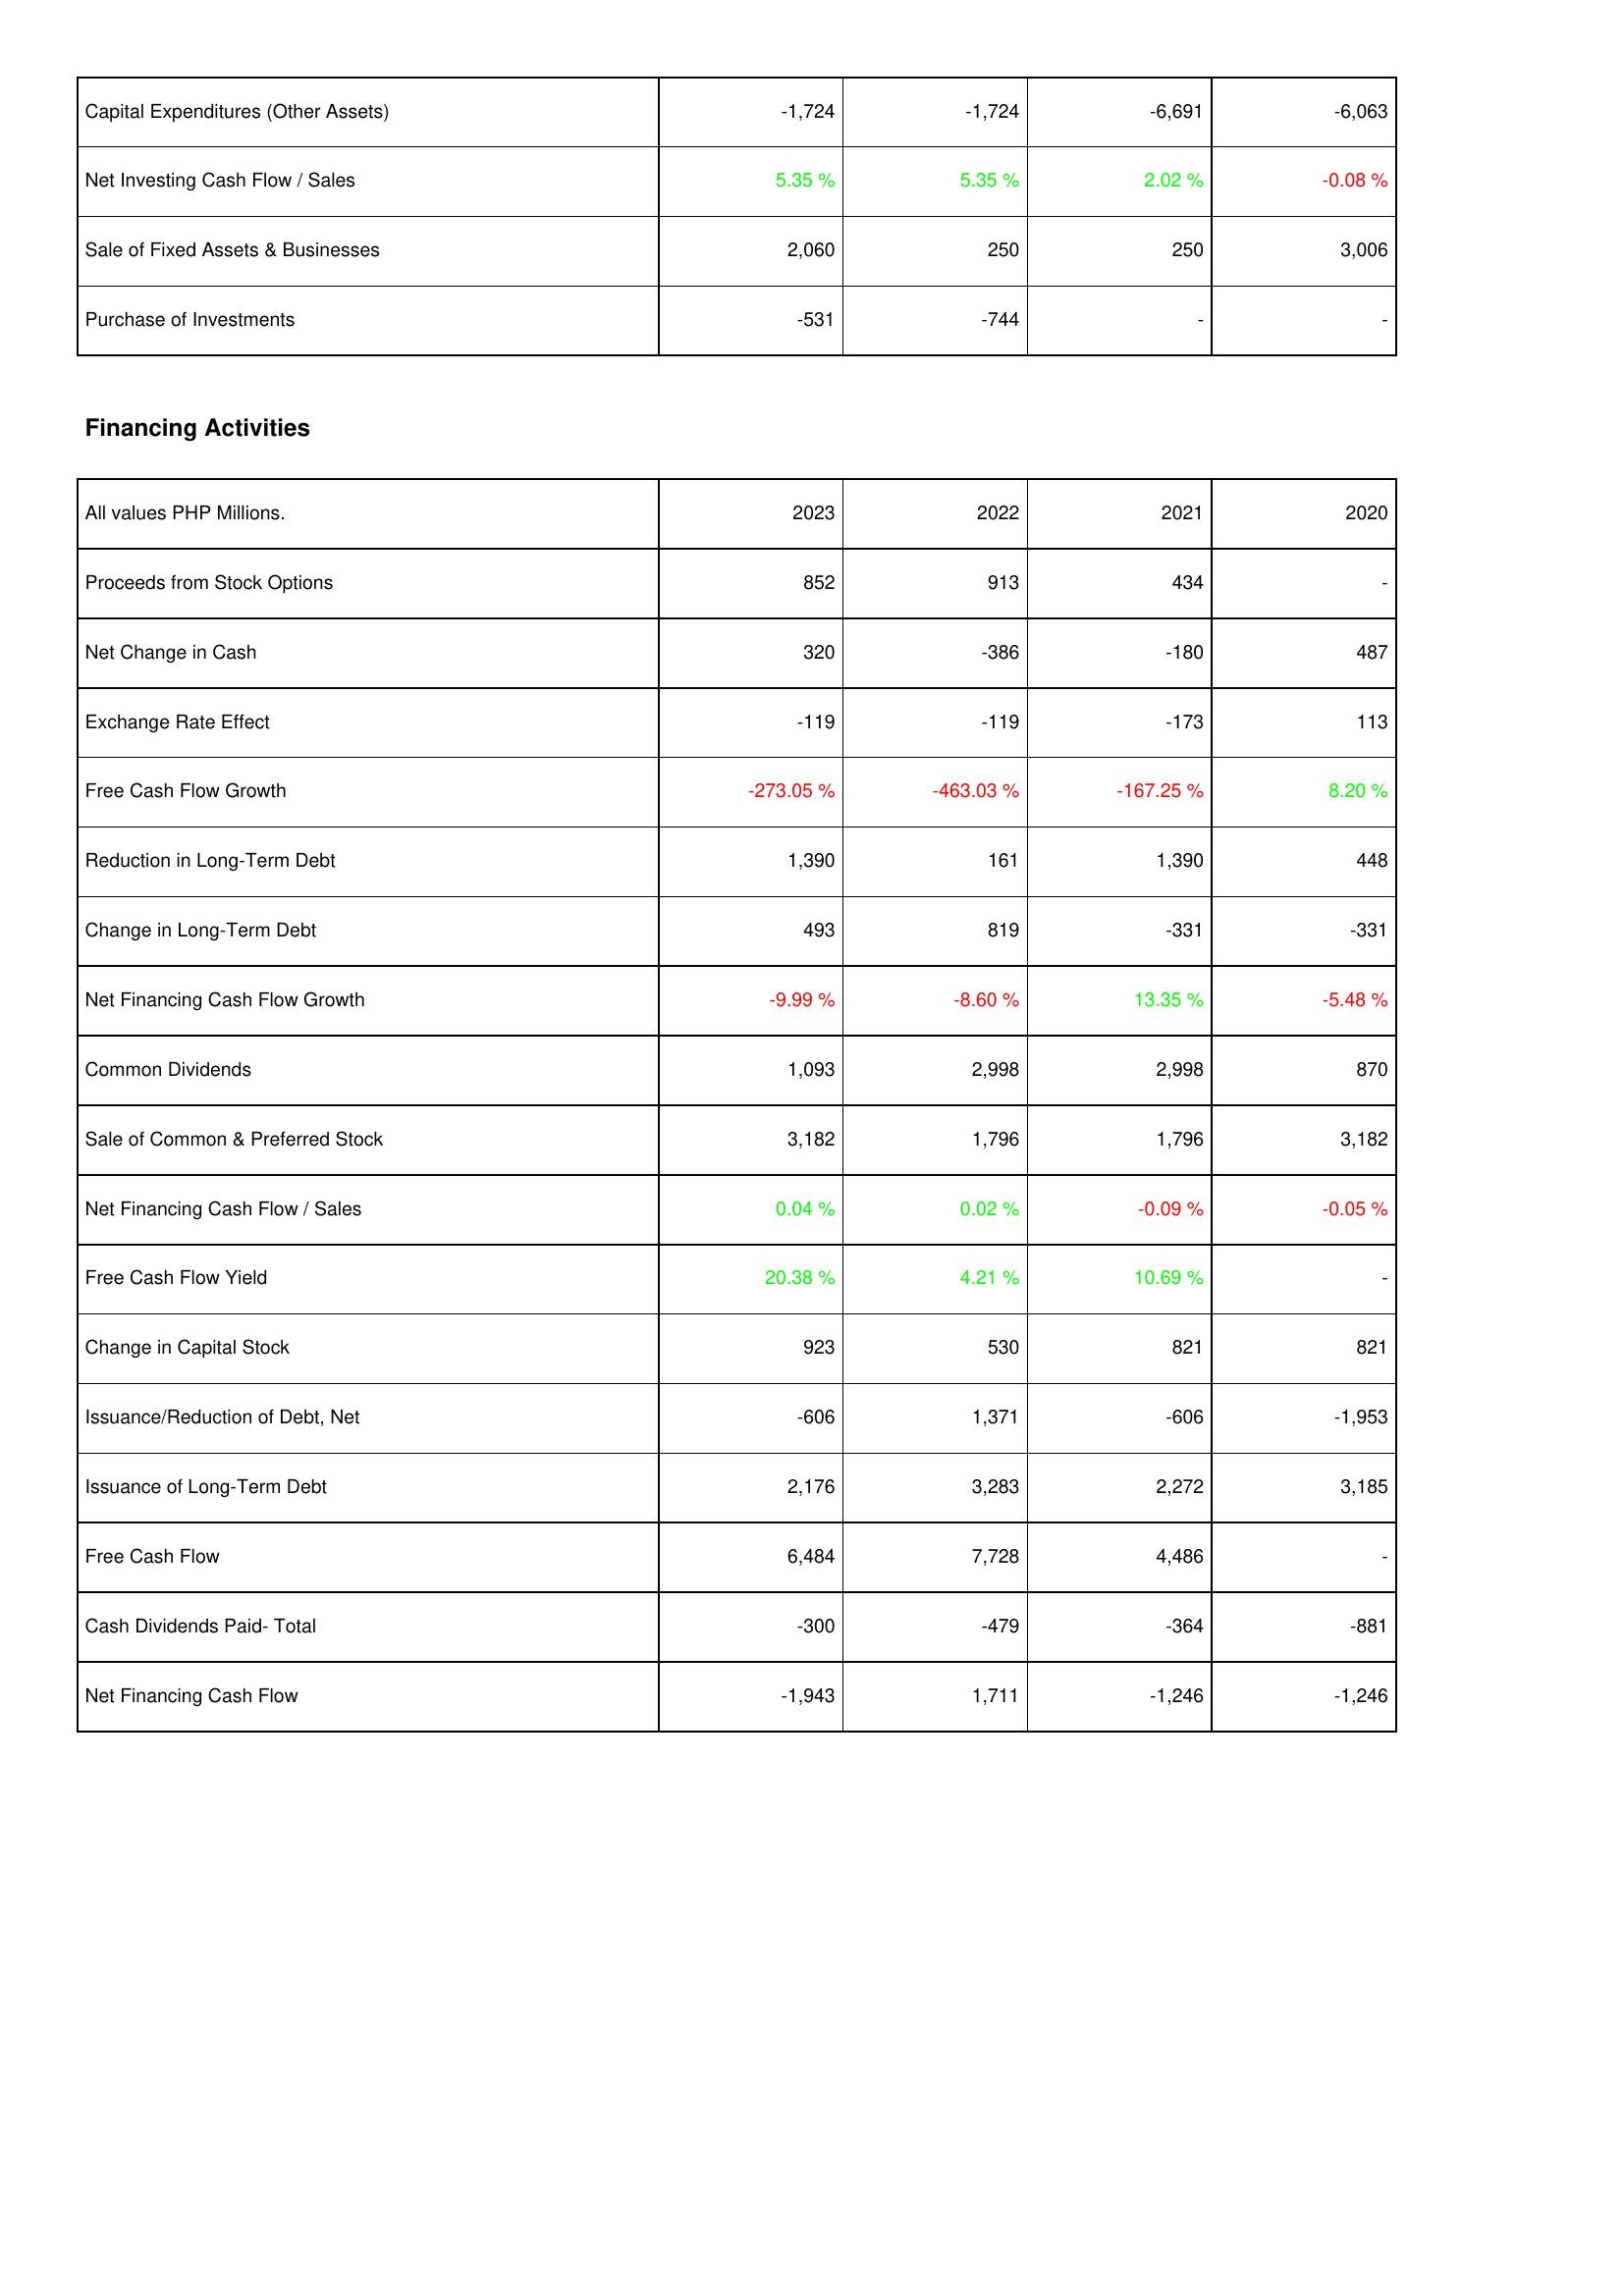
2023: Investing Activities: Capital Expenditures (Other Assets): -1,724
Net Investing Cash Flow / Sales: 5.35 %
Sale of Fixed Assets & Businesses: 2,060
Purchase of Investments: -531
Financing Activities: Proceeds from Stock Options: 852
Net Change in Cash: 320
Exchange Rate Effect: -119
Free Cash Flow Growth: -273.05 %
Reduction in Long-Term Debt: 1,390
Change in Long-Term Debt: 493
Net Financing Cash Flow Growth: -9.99 %
Common Dividends: 1,093
Sale of Common & Preferred Stock: 3,182
Net Financing Cash Flow / Sales: 0.04 %
Free Cash Flow Yield: 20.38 %
Change in Capital Stock: 923
Issuance/Reduction of Debt, Net: -606
Issuance of Long-Term Debt: 2,176
Free Cash Flow: 6,484
Cash Dividends Paid- Total: -300
Net Financing Cash Flow: -1,943
2022: Investing Activities: Capital Expenditures (Other Assets): -1,724
Net Investing Cash Flow / Sales: 5.35 %
Sale of Fixed Assets & Businesses: 250
Purchase of Investments: -744
Financing Activities: Proceeds from Stock Options: 913
Net Change in Cash: -386
Exchange Rate Effect: -119
Free Cash Flow Growth: -463.03 %
Reduction in Long-Term Debt: 161
Change in Long-Term Debt: 819
Net Financing Cash Flow Growth: -8.60 %
Common Dividends: 2,998
Sale of Common & Preferred Stock: 1,796
Net Financing Cash Flow / Sales: 0.02 %
Free Cash Flow Yield: 4.21 %
Change in Capital Stock: 530
Issuance/Reduction of Debt, Net: 1,371
Issuance of Long-Term Debt: 3,283
Free Cash Flow: 7,728
Cash Dividends Paid- Total: -479
Net Financing Cash Flow: 1,711
2021: Investing Activities: Capital Expenditures (Other Assets): -6,691
Net Investing Cash Flow / Sales: 2.02 %
Sale of Fixed Assets & Businesses: 250
Purchase of Investments: -
Financing Activities: Proceeds from Stock Options: 434
Net Change in Cash: -180
Exchange Rate Effect: -173
Free Cash Flow Growth: -167.25 %
Reduction in Long-Term Debt: 1,390
Change in Long-Term Debt: -331
Net Financing Cash Flow Growth: 13.35 %
Common Dividends: 2,998
Sale of Common & Preferred Stock: 1,796
Net Financing Cash Flow / Sales: -0.09 %
Free Cash Flow Yield: 10.69 %
Change in Capital Stock: 821
Issuance/Reduction of Debt, Net: -606
Issuance of Long-Term Debt: 2,272
Free Cash Flow: 4,486
Cash Dividends Paid- Total: -364
Net Financing Cash Flow: -1,246
2020: Investing Activities: Capital Expenditures (Other Assets): -6,063
Net Investing Cash Flow / Sales: -0.08 %
Sale of Fixed Assets & Businesses: 3,006
Purchase of Investments: -
Financing Activities: Proceeds from Stock Options: -
Net Change in Cash: 487
Exchange Rate Effect: 113
Free Cash Flow Growth: 8.20 %
Reduction in Long-Term Debt: 448
Change in Long-Term Debt: -331
Net Financing Cash Flow Growth: -5.48 %
Common Dividends: 870
Sale of Common & Preferred Stock: 3,182
Net Financing Cash Flow / Sales: -0.05 %
Free Cash Flow Yield: -
Change in Capital Stock: 821
Issuance/Reduction of Debt, Net: -1,953
Issuance of Long-Term Debt: 3,185
Free Cash Flow: -
Cash Dividends Paid- Total: -881
Net Financing Cash Flow: -1,246